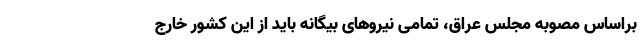
براساس مصوبه مجلس عراق، تمامی نیروهای بیگانه باید از این کشور خارج